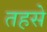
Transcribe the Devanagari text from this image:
तहसे